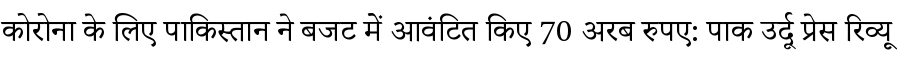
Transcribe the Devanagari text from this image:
कोरोना के लिए पाकिस्तान ने बजट में आवंटित किए 70 अरब रुपए: पाक उर्दू प्रेस रिव्यू